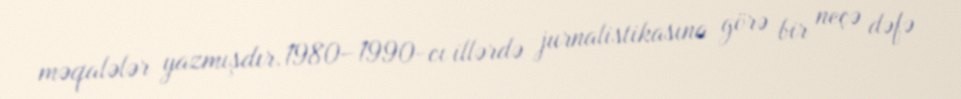
məqalələr yazmışdır.1980–1990-cı illərdə jurnalistikasına görə bir neçə dəfə